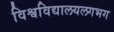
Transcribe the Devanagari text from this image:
विश्वविद्यालयलगभग